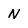
Character: N